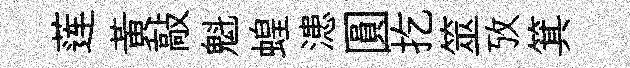
莲黄敲魁蝗漶圓扢筮攷箕